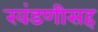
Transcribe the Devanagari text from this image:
खंडणीसह